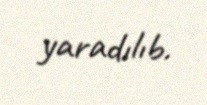
yaradılıb.